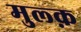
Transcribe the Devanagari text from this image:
मुल्क़